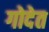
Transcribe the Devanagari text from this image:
गोदेत